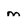
Character: m